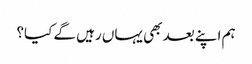
ہم اپنے بعد بھی یہاں رہیں گے کیا؟